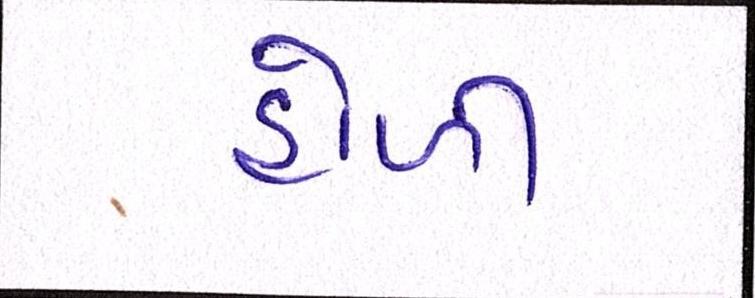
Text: હોળી